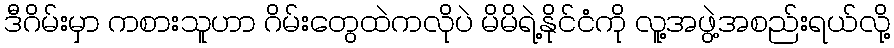
ဒီဂိမ်းမှာ ကစားသူဟာ ဂိမ်းတွေထဲကလိုပဲ မိမိရဲ့နိုင်ငံကို လူ့အဖွဲ့အစည်းရယ်လို့